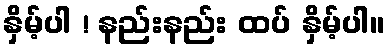
နှိမ့်ပါ ! နည်းနည်း ထပ် နှိမ့်ပါ။